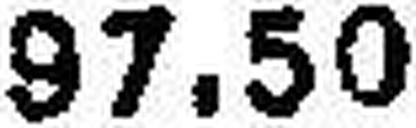
97.50